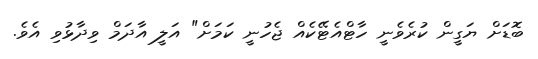
ބޮޑަށް ޔަގީން ކުރެވެނީ ހާޓްއެޓޭކެއް ޖެހުނީ ކަމަށް" އަލީ އާދަމް ވިދާޅުވި އެވެ.